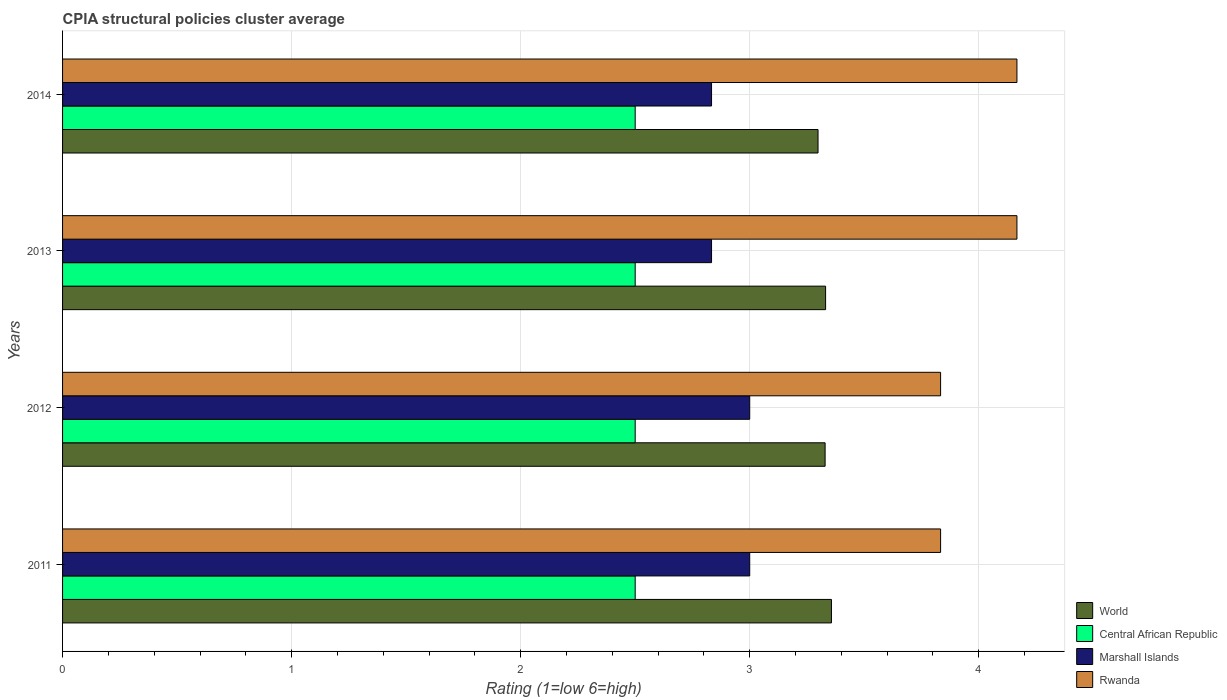
| Years | World | Central African Republic | Marshall Islands | Rwanda |
 | --- | --- | --- | --- | --- |
 | 2011 | 3.36 | 2.5 | 3 | 3.83 |
 | 2012 | 3.33 | 2.5 | 3 | 3.83 |
 | 2013 | 3.33 | 2.5 | 2.83 | 4.17 |
 | 2014 | 3.3 | 2.5 | 2.83 | 4.17 |